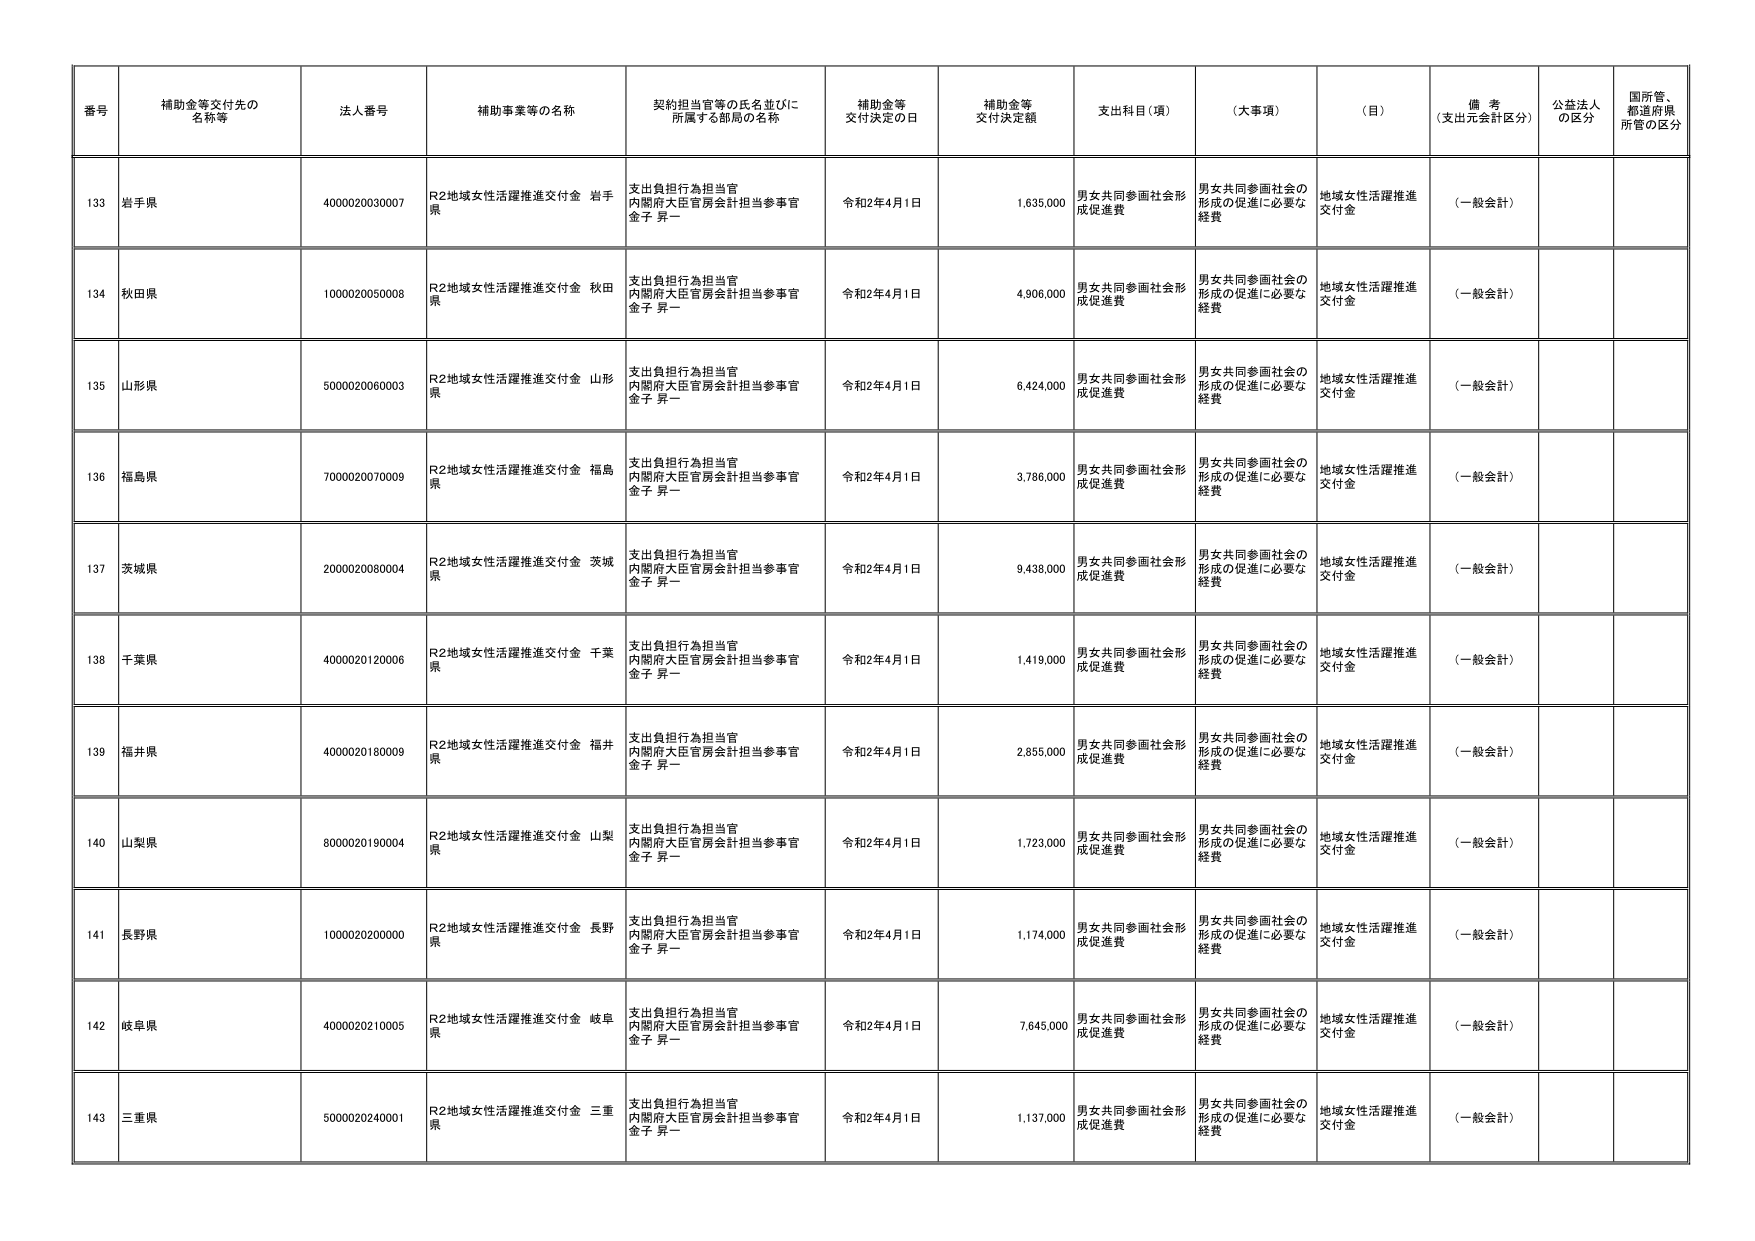
番号 補助金等交付先の名称等 法人番号 補助事業等の名称 契約担当官等の氏名並びに所属する部局の名称 補助金等交付決定の日 補助金等交付決定額 支出科目（項） （大事項） （目） 備考（支出元会計区分） 公益法人の区分 国所管、都道府県所管の区分
133 岩手県 4000020030007 R2地域女性活躍推進交付金 岩手県 支出負担行為担当官 内閣府大臣官房会計担当参事官 金子 昇一 令和2年4月1日 1,635,000 男女共同参画社会形成促進費 男女共同参画社会の形成の促進に必要な経費 地域女性活躍推進交付金 （一般会計）
134 秋田県 1000020050008 R2地域女性活躍推進交付金 秋田県 支出負担行為担当官 内閣府大臣官房会計担当参事官 金子 昇一 令和2年4月1日 4,906,000 男女共同参画社会形成促進費 男女共同参画社会の形成の促進に必要な経費 地域女性活躍推進交付金 （一般会計）
135 山形県 5000020060003 R2地域女性活躍推進交付金 山形県 支出負担行為担当官 内閣府大臣官房会計担当参事官 金子 昇一 令和2年4月1日 6,424,000 男女共同参画社会形成促進費 男女共同参画社会の形成の促進に必要な経費 地域女性活躍推進交付金 （一般会計）
136 福島県 7000020070009 R2地域女性活躍推進交付金 福島県 支出負担行為担当官 内閣府大臣官房会計担当参事官 金子 昇一 令和2年4月1日 3,786,000 男女共同参画社会形成促進費 男女共同参画社会の形成の促進に必要な経費 地域女性活躍推進交付金 （一般会計）
137 茨城県 2000020080004 R2地域女性活躍推進交付金 茨城県 支出負担行為担当官 内閣府大臣官房会計担当参事官 金子 昇一 令和2年4月1日 9,438,000 男女共同参画社会形成促進費 男女共同参画社会の形成の促進に必要な経費 地域女性活躍推進交付金 （一般会計）
138 千葉県 4000020120006 R2地域女性活躍推進交付金 千葉県 支出負担行為担当官 内閣府大臣官房会計担当参事官 金子 昇一 令和2年4月1日 1,419,000 男女共同参画社会形成促進費 男女共同参画社会の形成の促進に必要な経費 地域女性活躍推進交付金 （一般会計）
139 福井県 4000020180009 R2地域女性活躍推進交付金 福井県 支出負担行為担当官 内閣府大臣官房会計担当参事官 金子 昇一 令和2年4月1日 2,855,000 男女共同参画社会形成促進費 男女共同参画社会の形成の促進に必要な経費 地域女性活躍推進交付金 （一般会計）
140 山梨県 8000020190004 R2地域女性活躍推進交付金 山梨県 支出負担行為担当官 内閣府大臣官房会計担当参事官 金子 昇一 令和2年4月1日 1,723,000 男女共同参画社会形成促進費 男女共同参画社会の形成の促進に必要な経費 地域女性活躍推進交付金 （一般会計）
141 長野県 1000020200000 R2地域女性活躍推進交付金 長野県 支出負担行為担当官 内閣府大臣官房会計担当参事官 金子 昇一 令和2年4月1日 1,174,000 男女共同参画社会形成促進費 男女共同参画社会の形成の促進に必要な経費 地域女性活躍推進交付金 （一般会計）
142 岐阜県 4000020210005 R2地域女性活躍推進交付金 岐阜県 支出負担行為担当官 内閣府大臣官房会計担当参事官 金子 昇一 令和2年4月1日 7,645,000 男女共同参画社会形成促進費 男女共同参画社会の形成の促進に必要な経費 地域女性活躍推進交付金 （一般会計）
143 三重県 5000020240001 R2地域女性活躍推進交付金 三重県 支出負担行為担当官 内閣府大臣官房会計担当参事官 金子 昇一 令和2年4月1日 1,137,000 男女共同参画社会形成促進費 男女共同参画社会の形成の促進に必要な経費 地域女性活躍推進交付金 （一般会計）